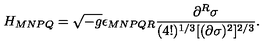
H _ { M N P Q } = \sqrt { - g } \epsilon _ { M N P Q R } \frac { \partial ^ { R } \sigma } { ( 4 ! ) ^ { 1 / 3 } [ ( \partial \sigma ) ^ { 2 } ] ^ { 2 / 3 } } .